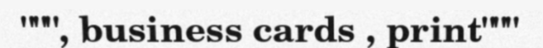
""", business cards , print"""